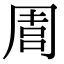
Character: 𠵁